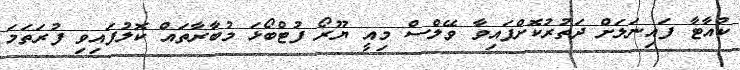
ކުއާޓާ ފައިނަލަށް ދަތުރުކޮށްފައިވާ ވޭލްސް މިއީ ޔޫރޯ ފުޓްބޯޅަ މުބާރާތައް ކޮލުފައިވި ފުރަތަމަ